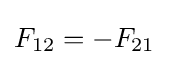
F_{12}=-F_{21}